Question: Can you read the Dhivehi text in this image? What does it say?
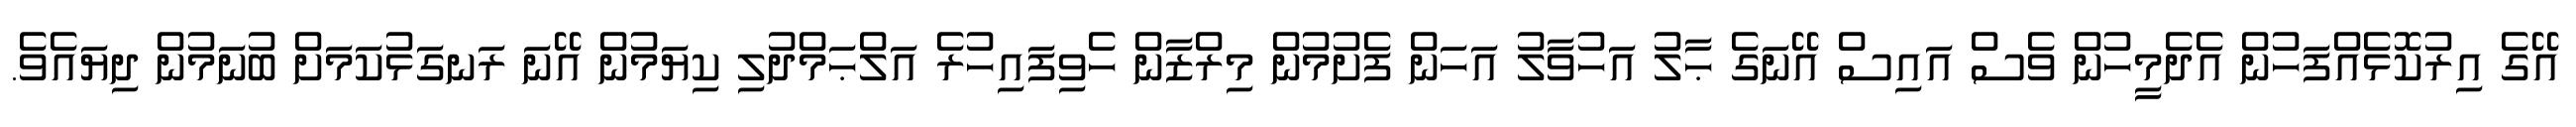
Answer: އޭގެ އިރުކޮޅެއްފަހުން އެދެމީހުން ވެސް އައިސް އޭނަގެ ޙާލު އަހުވާލު އަހަން ފެށުމުން މިރްޒާން ހެވިފައިހުރެ އަލްޙަމްދުލި ކިޔަމުން އޭނަ ރަނގަޅުކަމަށް ބުނަމުން ދިޔައެވެ.